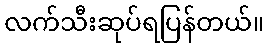
လက်သီးဆုပ်ရပြန်တယ်။